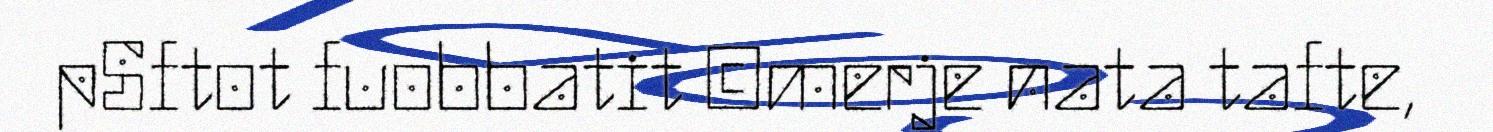
pSftot fuobbatit ©merje nata tafte,